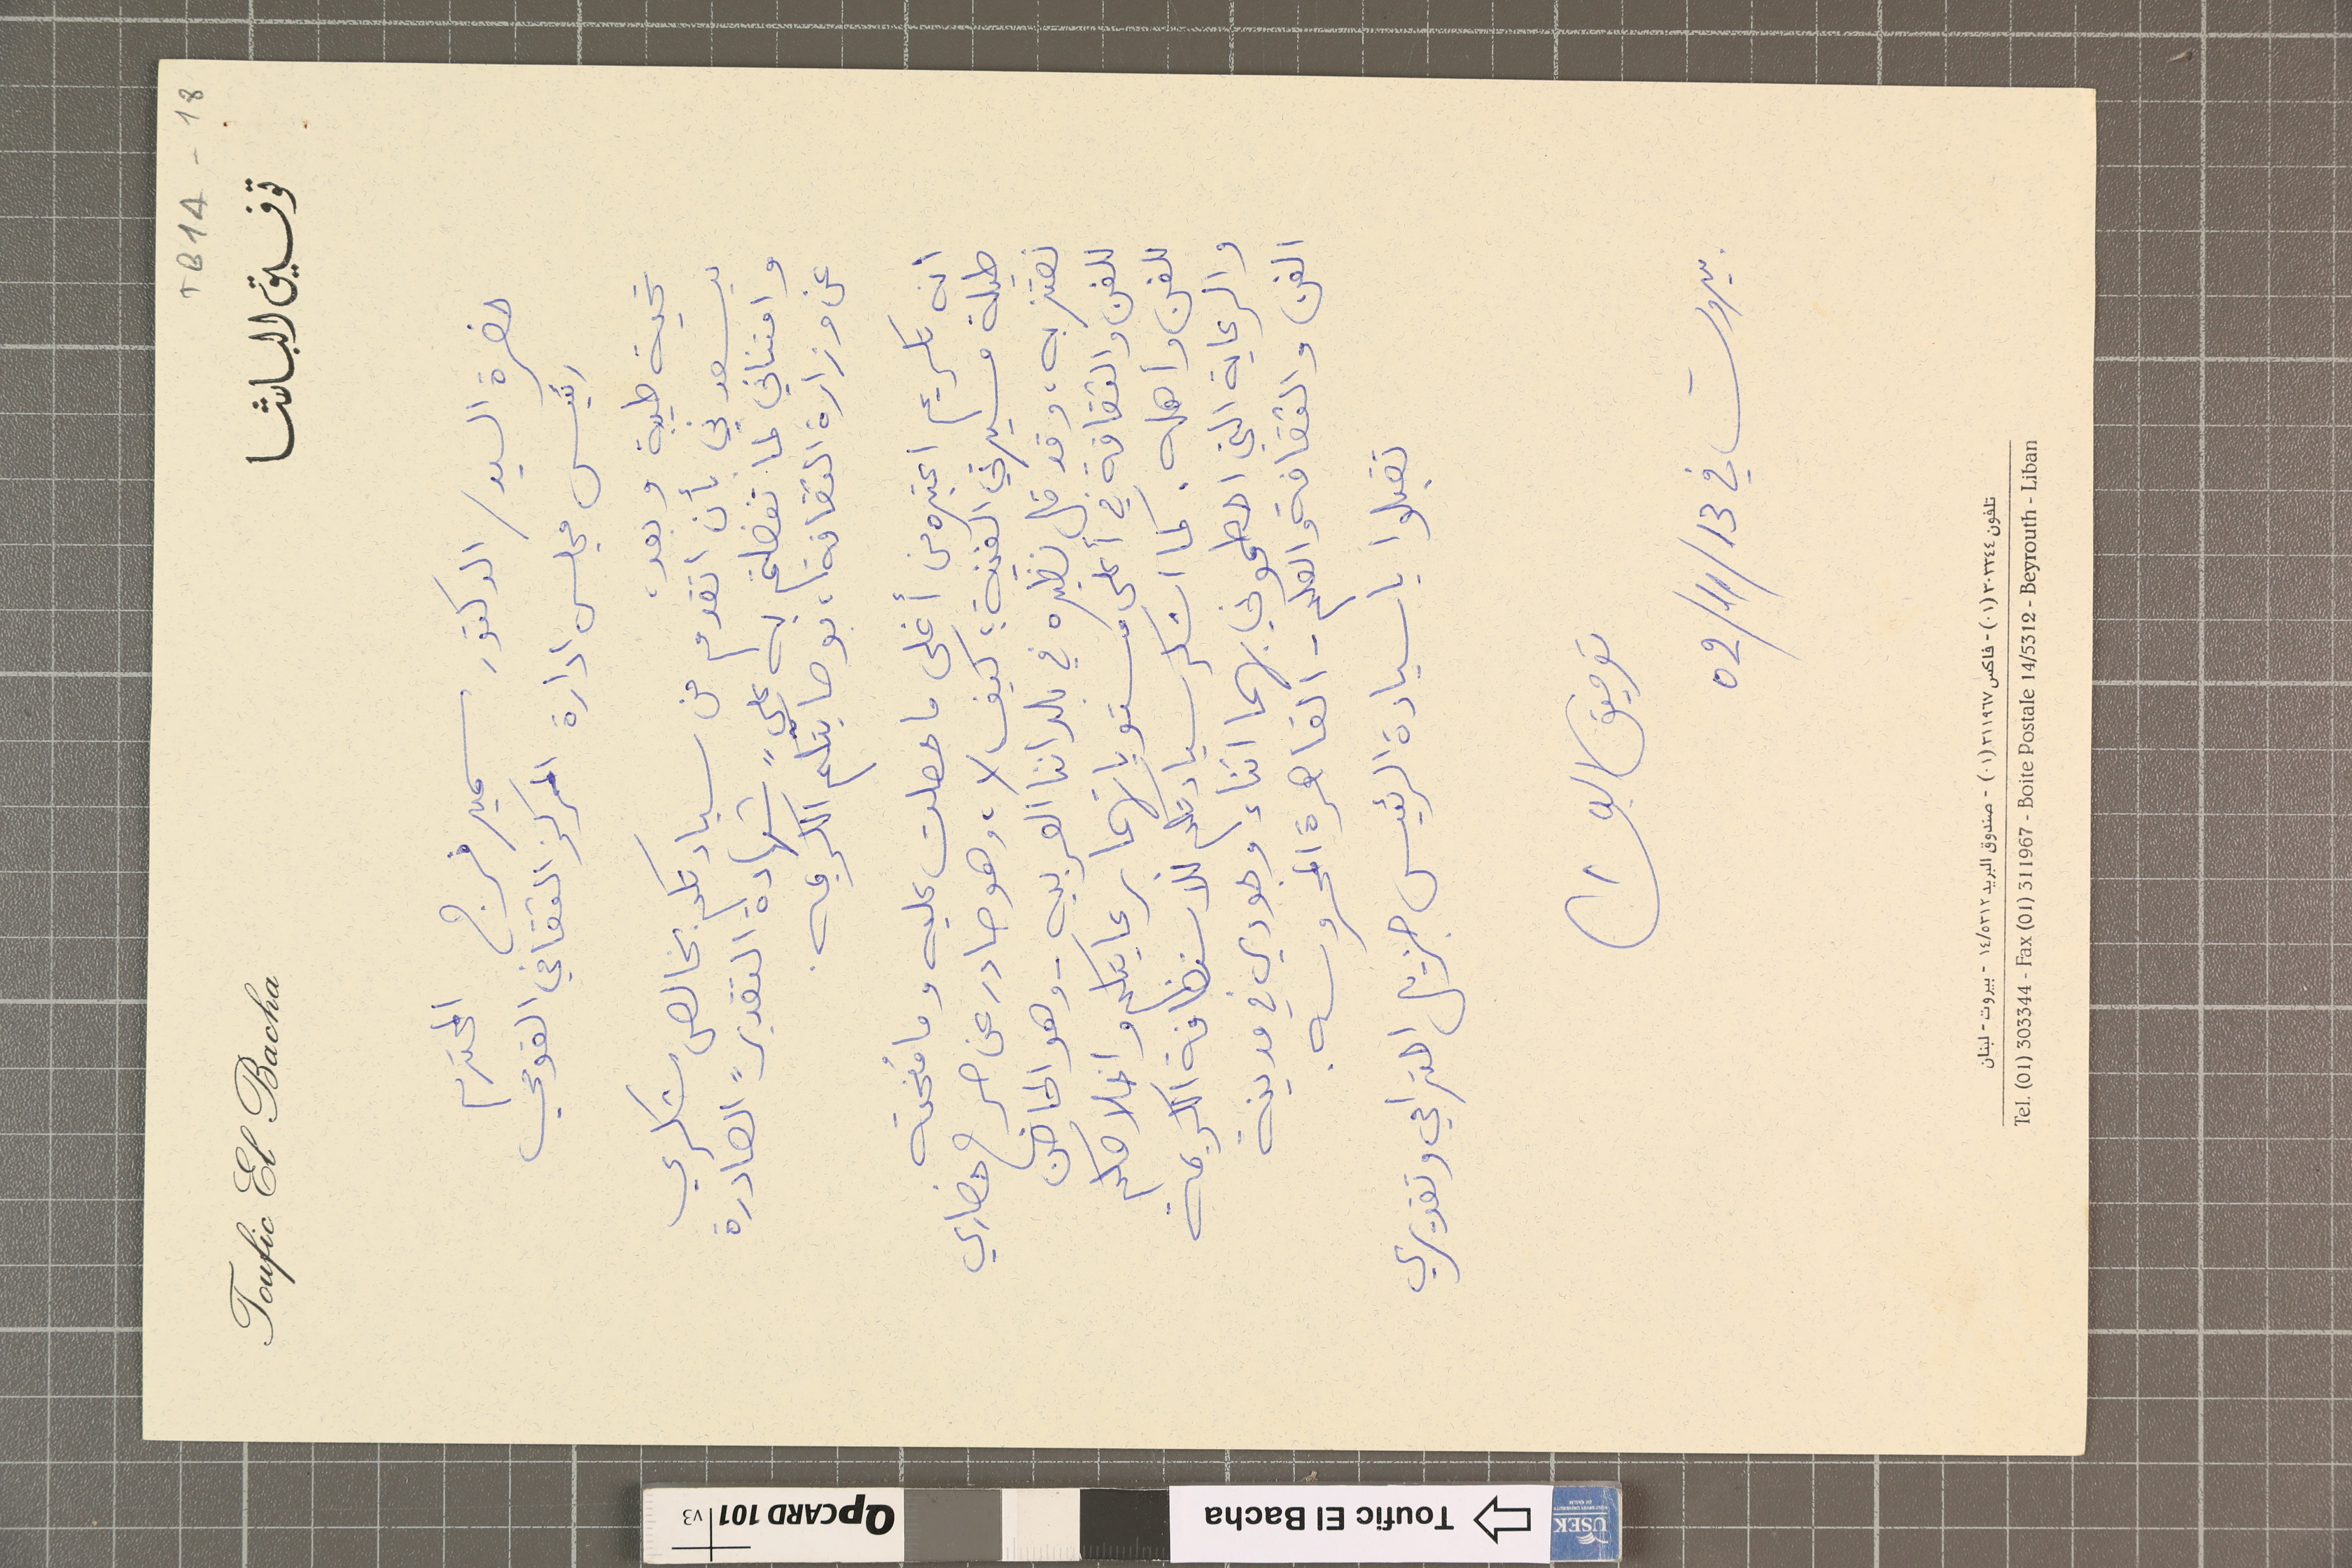
TB1A-18
توفيق الباشا				Toufic El Bacha
حضرة السيد / الدكتور سمير فرج المحترم
رئيس مجلس ادارة المركز الثقافي القومي
تحية طيبة وبعد،
يسعدني بأن اتقدم من سيادتكم بخالص شكري
وامتناني لم تفضلتم به علي "شهادة التقدير" الصادرة
عن وزارة الثقافة، بوصايتكم الكريمه.
انه تكريم اعتبره من أغلى ما حصلت عليه وما مُنحته
طيلة مسيرتي الفنية ؛ كيف لا، وهو صادر عن صرح حضاري
نعتز به، وقد قل نظيره في بلداننا العربيه - وهو الحاضن
للفن والثقافة في أعلى مستوياتهما برعايتكم واخلاصكم
للفن وأهله. كما اشكر سيادتكم للاستضافة الكريمة
والرعاية التي احطموني بهما اثناء وجودي في مدينة
الفن والثقافة والعلم - القاهرة المحروسه.
تقبلوا يا سيادة الرئيس جزيل احترامي وتقديري
توفيق الباشا
بيروت في 31/11/20
تلفون ٣٠٣٣٤٤(٠١) - فاكس ٣١١٩٦٧(٠١) - صندوق البريد ٥٣١٢/١٤ - بيروت - لبنان
Tel. (01) 303344 - Fax (01) 311967 - Boite Postale 14/5312 - Beyrouth - Liban